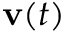
{ \bf v } ( t )